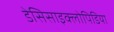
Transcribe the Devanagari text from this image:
डेसिसाइक्लोपिडिया